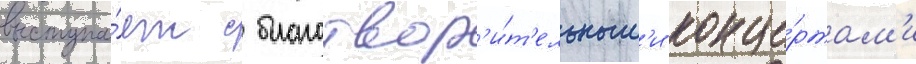
выступа́ет с благотвор'и́т'ельным'и конце́ртам'и